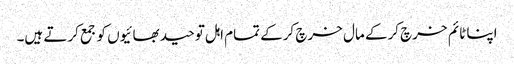
اپنا ٹائم خرچ کرکے مال خرچ کرکے تمام اہل توحید بھائیوں کو جمع کرتے ہیں۔